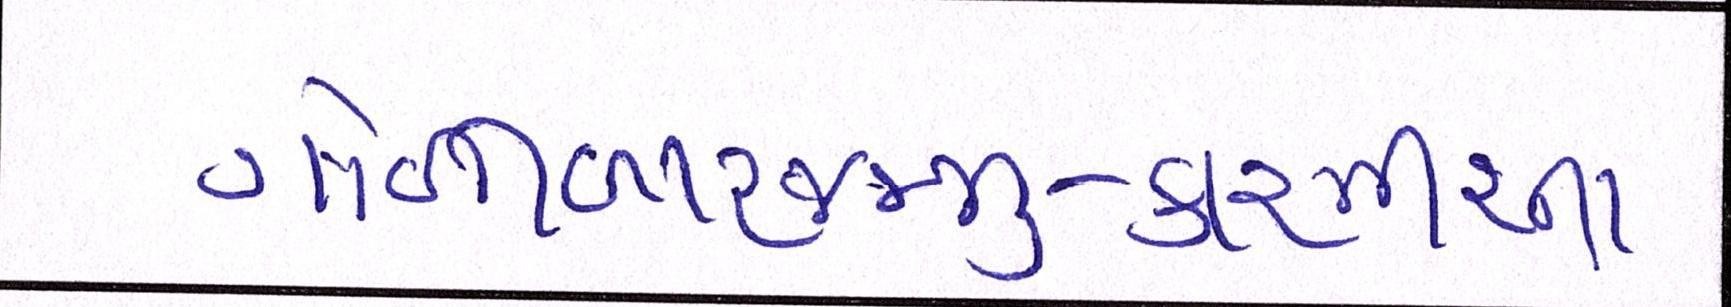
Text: ગોળીબારજમ્મુ-કાશ્મીરના